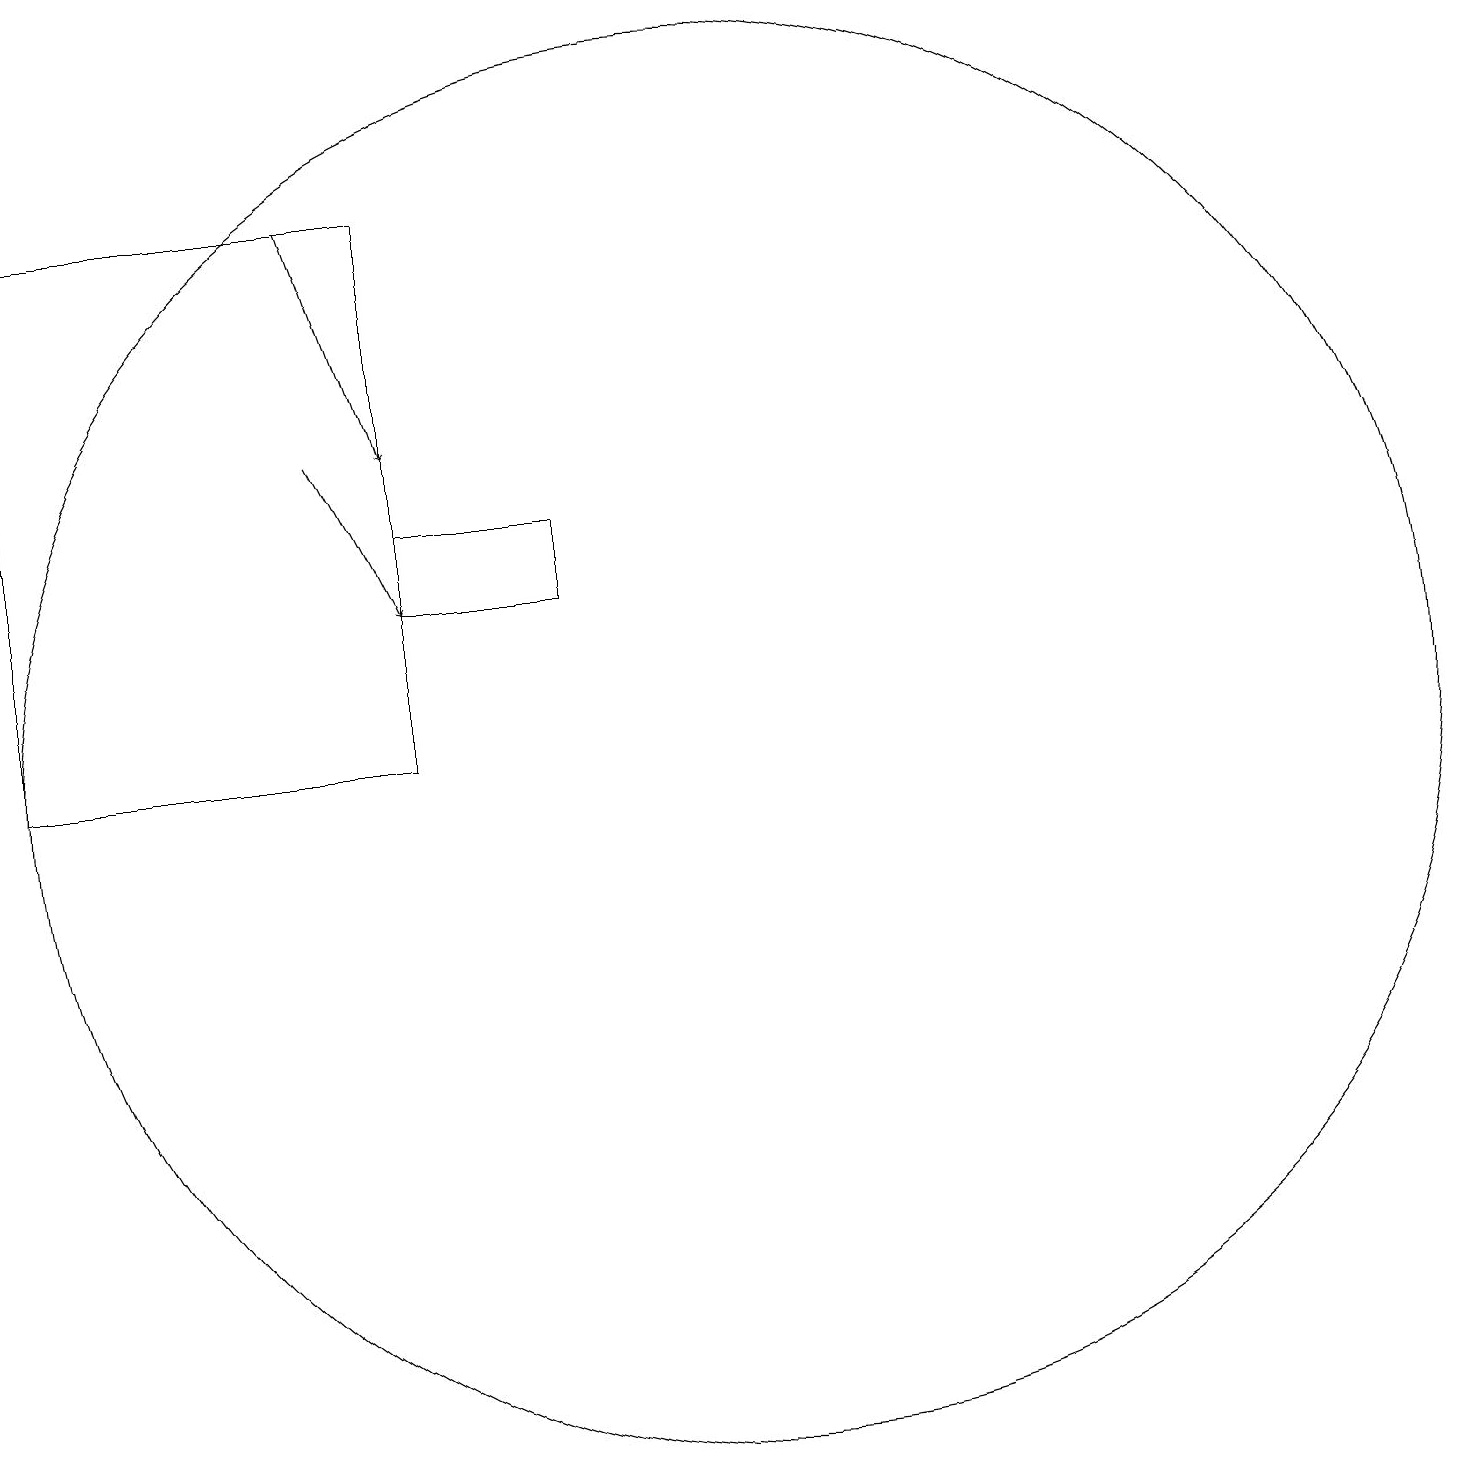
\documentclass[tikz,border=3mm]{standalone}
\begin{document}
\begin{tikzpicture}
\draw (8,13) rectangle (6,14);
\draw (6,18) rectangle (1,11);
\draw (10,11) circle (9);
\draw[->] (5,15) -- (6,13);
\draw[->] (5,18) -- (6,15);
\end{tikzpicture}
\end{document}